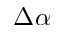
\Delta \alpha